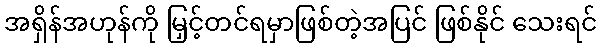
အရှိန်အဟုန်ကို မြှင့်တင်ရမှာဖြစ်တဲ့အပြင် ဖြစ်နိုင် သေးရင်